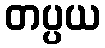
တပ္ပယ